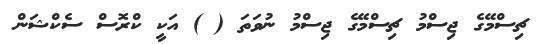
ޗިސްމޭގެ ޖިސްމު ޗިސްމޭގެ ޖިސްމު ނުވަތަ ( ) އަކީ ކްރޮސް ސެކްޝަން